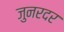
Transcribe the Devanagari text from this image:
जुनरदर